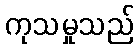
ကုသမှုသည်